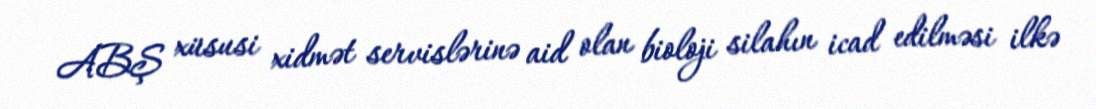
ABŞ xüsusi xidmət servislərinə aid olan bioloji silahın icad edilməsi ilkə